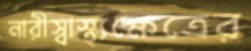
নারীস্বাস্থ্যক্ষেত্রের